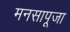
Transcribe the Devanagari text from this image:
मनसापूजा